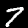
Label: 7